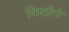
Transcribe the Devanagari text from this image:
कितीने